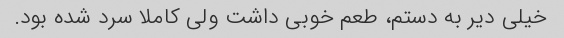
خیلی دیر به دستم، طعم خوبی داشت ولی کاملا سرد شده بود.